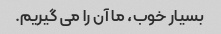
بسیار خوب، ما آن را می گیریم.